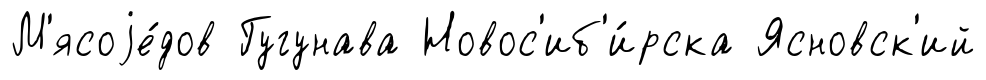
М'ясоjе́дов Гугунава Новос'иб'и́рска Ясновск'ий